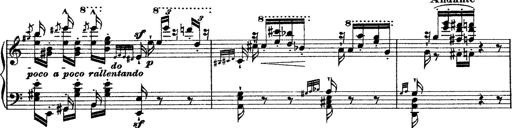
Title: Grande fantasie di bravura sur La clochette
Composer: Franz Liszt
Key: A minor